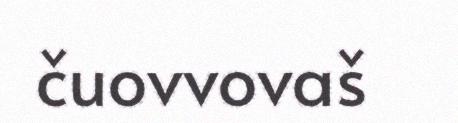
čuovvovaš